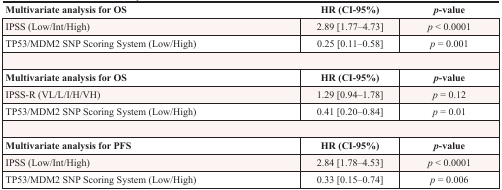
<table><thead><tr><td><b>Multivariate analysis for OS</b></td><td><b>HR (CI-95%)</b></td><td><b><i>p</i>-value</b></td></tr></thead><tbody><tr><td>IPSS (Low/Int/High)</td><td>2.89 [1.77–4.73]</td><td><i>p</i> &lt; 0.0001</td></tr><tr><td>TP53/MDM2 SNP Scoring System (Low/High)</td><td>0.25 [0.11–0.58]</td><td><i>p</i> = 0.001</td></tr><tr><td><b>Multivariate analysis for OS</b></td><td><b>HR (CI-95%)</b></td><td><b><i>p</i>-value</b></td></tr><tr><td>IPSS-R (VL/L/I/H/VH)</td><td>1.29 [0.94–1.78]</td><td><i>p</i> = 0.12</td></tr><tr><td>TP53/MDM2 SNP Scoring System (Low/High)</td><td>0.41 [0.20–0.84]</td><td><i>p</i> = 0.01</td></tr><tr><td><b>Multivariate analysis for PFS</b></td><td><b>HR (CI-95%)</b></td><td><b><i>p</i>-value</b></td></tr><tr><td>IPSS (Low/Int/High)</td><td>2.84 [1.78–4.53]</td><td><i>p</i> &lt; 0.0001</td></tr><tr><td>TP53/MDM2 SNP Scoring System (Low/High)</td><td>0.33 [0.15–0.74]</td><td><i>p</i> = 0.006</td></tr></tbody></table>